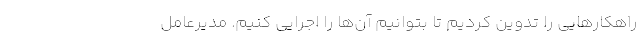
راهکار‌هایی را تدوین کردیم تا بتوانیم آن‌ها را اجرایی کنیم. مدیرعامل